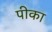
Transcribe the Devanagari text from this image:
पीका